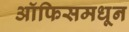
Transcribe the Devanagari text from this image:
ऑफिसमधून